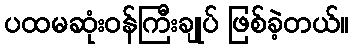
ပထမဆုံးဝန်ကြီးချုပ် ဖြစ်ခဲ့တယ်။